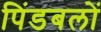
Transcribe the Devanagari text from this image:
पिंडबलों